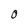
Character: O